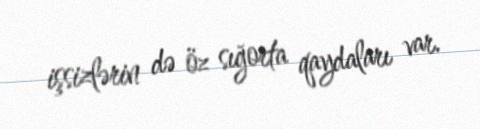
işsizlərin də öz sığorta qaydaları var.